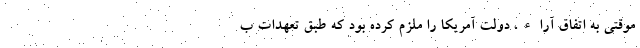
موقتی به اتفاق آراء، دولت آمریکا را ملزم کرده بود که طبق تعهدات ب